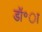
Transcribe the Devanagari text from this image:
डॉ॰ा